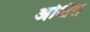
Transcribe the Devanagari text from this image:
अश्चित